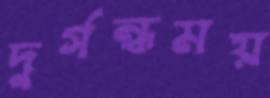
দুর্গন্ধময়